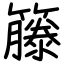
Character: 籐